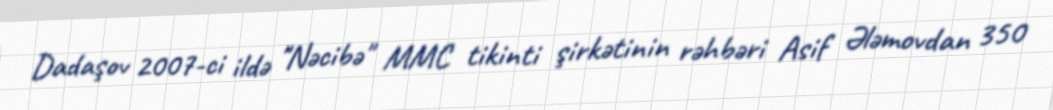
Dadaşov 2007-ci ildə "Nəcibə" MMC tikinti şirkətinin rəhbəri Asif Ələmovdan 350